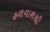
હળવાશથી